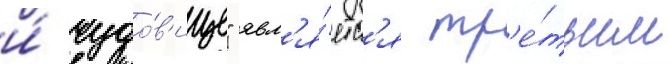
и́ чудо́в'ище" явл'я́етс'я тр'е́тьим